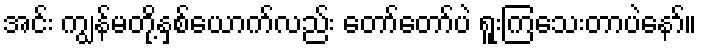
အင်း ကျွန်မတို့နှစ်ယောက်လည်း တော်တော်ပဲ ရူးကြသေးတာပဲနော်။